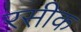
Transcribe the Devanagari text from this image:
रसीक